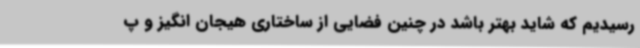
رسیدیم که شاید بهتر باشد در چنین فضایی از ساختاری هیجان انگیز و پ